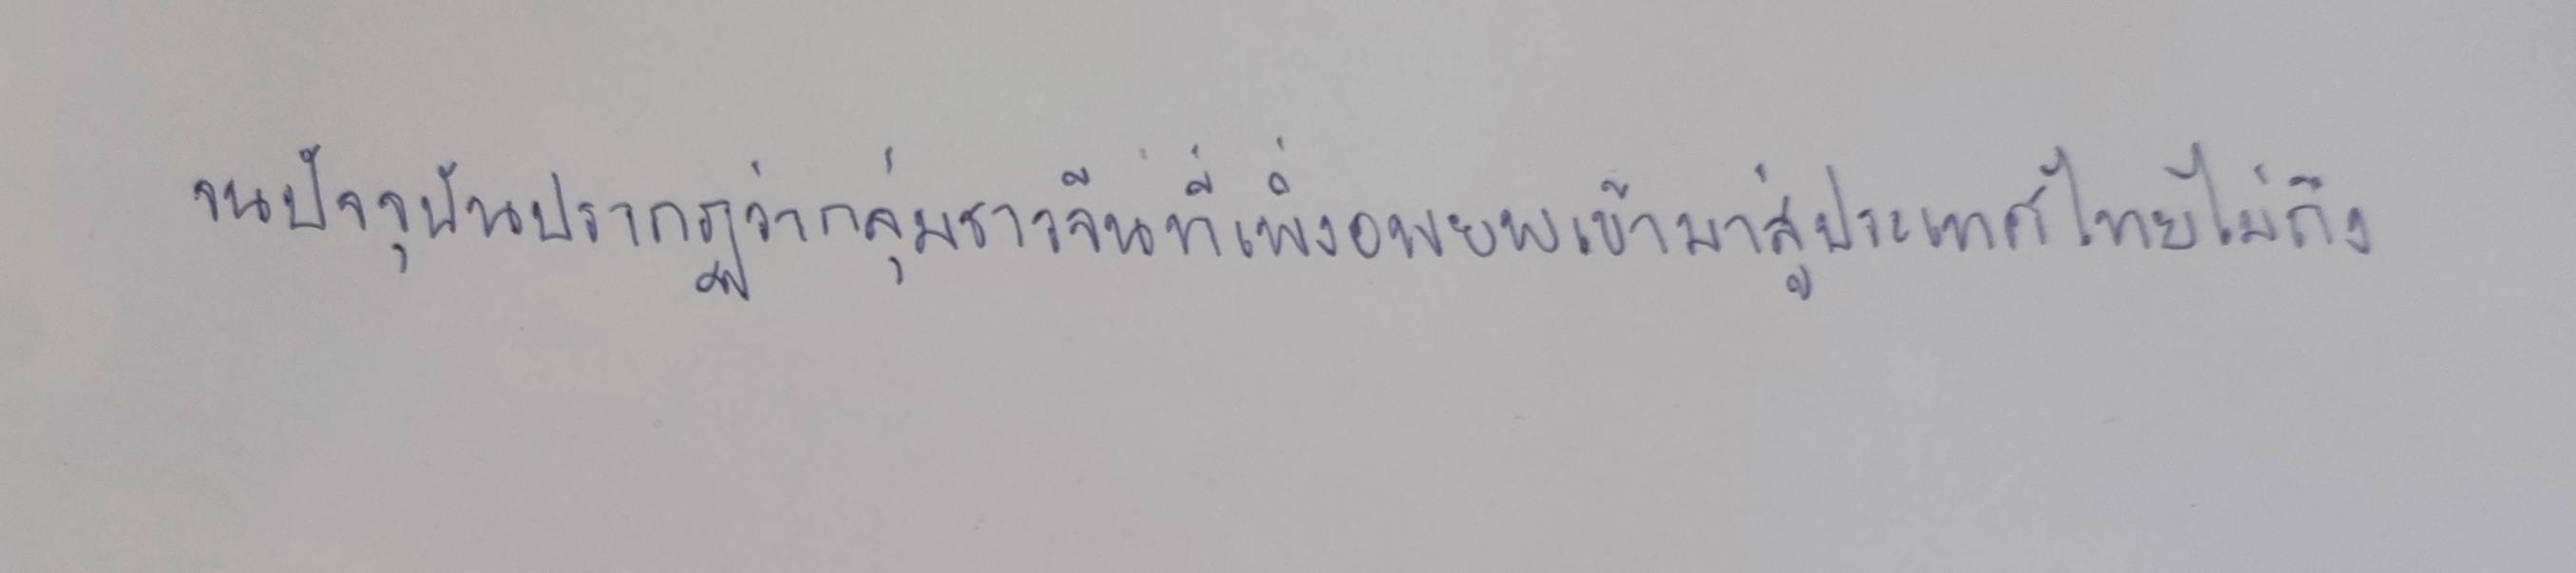
จนปัจจุบันปรากฏว่ากลุ่มชาวจีนที่เพิ่งอพยพเข้ามาสู่ประเทศไทยไม่ถึง